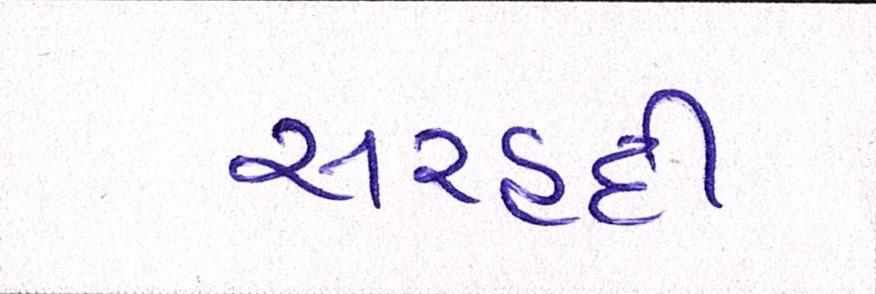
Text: સરહદી